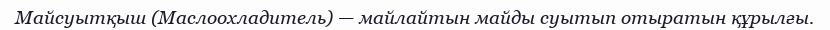
Майсуытқыш (Маслоохладитель) — майлайтын майды суытып отыратын құрылғы.